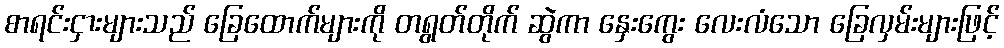
စာရင်းငှားများသည် ခြေထောက်များကို တရွတ်တိုက် ဆွဲကာ နှေးကွေး လေးလံသော ခြေလှမ်းများဖြင့်